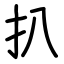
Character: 扒